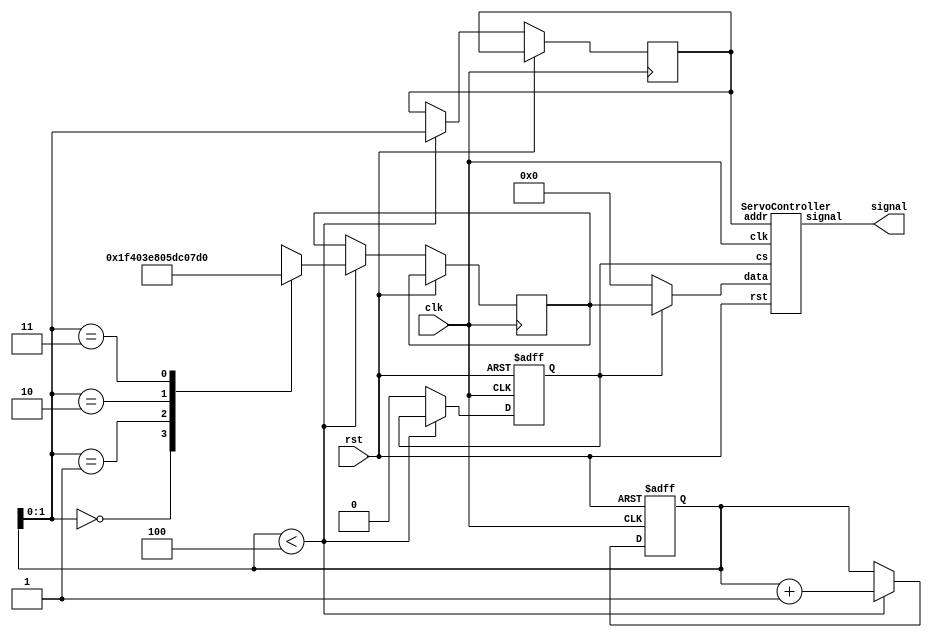
`timescale 1ns / 1ps
`default_nettype none
//////////////////////////////////////////////////////////////////////////////////
// Company:
// Engineer:
//
// Design Name:
// Module Name: ServoTop
// Project Name:
// Target Devices:
// Tool Versions:
// Description:
//
// Dependencies:
//
// Revision:
// Revision 0.01 - File Created
// Additional Comments:
//
//////////////////////////////////////////////////////////////////////////////////

module ServoTop(
	input wire clk,
	input wire rst,
	output wire [3:0] signal
);

wire [31:0] data;

reg cs;
reg [1:0] addr;
reg [15:0] data_reg;

assign data = (cs) ? data_reg : 0;

ServoController servo(
    .clk(clk),
    .rst(rst),
    .cs(cs), // chip select
    .addr(addr[1:0]),
    .data(data[15:0]),
    .signal(signal)
);

reg [2:0] init;

always @(posedge clk or posedge rst) begin
	if (rst)
	begin
		init = 0;
		cs = 1;
	end
	else if(init < 3'b100)
	begin
		addr = init;
		case(addr)
			3'b000: begin
				data_reg = 32'd500;
			end
			3'b001: begin
				data_reg = 32'd1000;
			end
			3'b010: begin
				data_reg = 32'd1500;
			end
			3'b011: begin
				data_reg = 32'd2000;
			end
		endcase
		init = init + 1;
	end
	else begin
		cs = 0;
	end
end

endmodule


module ServoModule(
	input wire clk,
	input wire rst,
	input wire load,
	input wire [15:0] data,
	output reg signal
);
// ==================================
//// Internal Parameter Field
// ==================================
parameter MAX_COUNT    = 20000*100;
//// Bits required to reach 2,000,000
parameter COUNT_WIDTH  = 32;
// ==================================
//// Registers
// ==================================
reg  [COUNT_WIDTH-1:0] counter;
reg  [COUNT_WIDTH-1:0] compare_value;
reg  [COUNT_WIDTH-1:0] tmp_compare_value;
// ==================================
//// Wires
// ==================================
// wire [PWM_SIGNAL_COUNT-1:0] select;
// ==================================
//// Wire Assignments
// ==================================
// assign select[0]  = (2'b00) ? 1 : 0;
// ==================================
//// Modules
// ==================================
// ==================================
//// Behavioral Block
// ==================================
always @(posedge clk or
		 posedge rst) begin
    if (rst) begin
        counter = 0;
        compare_value = 0;
        tmp_compare_value = 0;
    end
    else if(load) begin
        tmp_compare_value = data;
    end
    else begin
        if(counter > MAX_COUNT) begin
        	compare_value = tmp_compare_value;
	        counter = 0;
        	signal = 1;
        end
        if(counter >= compare_value*100) begin
        	signal = 0;
        end
	    counter = counter + 1;
    end
end

endmodule


module ServoController #(
    parameter SIGNAL_BIT_WIDTH  = 16,
    parameter ADDRESS_BIT_WIDTH = 2,
    parameter PWM_SIGNAL_COUNT  = 4
)
(
    input wire clk,
    input wire rst,
    input wire cs, // chip select
    input wire  [ADDRESS_BIT_WIDTH-1:0] addr,
    input wire  [SIGNAL_BIT_WIDTH-1:0]  data,
    output wire [PWM_SIGNAL_COUNT-1:0]  signal
);
// ==================================
//// Registers
// ==================================
// ==================================
//// Wires
// ==================================
wire [PWM_SIGNAL_COUNT-1:0] load_select;
// ==================================
//// Wire Assignments
// ==================================
assign load_select[0]  = (addr == 2'b00 && cs) ? 1 : 0;
assign load_select[1]  = (addr == 2'b01 && cs) ? 1 : 0;
assign load_select[2]  = (addr == 2'b10 && cs) ? 1 : 0;
assign load_select[3]  = (addr == 2'b11 && cs) ? 1 : 0;
// ==================================
//// Modules
// ==================================
ServoModule U0(
    .clk(clk),
    .rst(rst),
    .load(load_select[0]),
    .data(data),
    .signal(signal[0])
);
ServoModule U1(
    .clk(clk),
    .rst(rst),
    .load(load_select[1]),
    .data(data),
    .signal(signal[1])
);
ServoModule U2(
    .clk(clk),
    .rst(rst),
    .load(load_select[2]),
    .data(data),
    .signal(signal[2])
);
ServoModule U3(
    .clk(clk),
    .rst(rst),
    .load(load_select[3]),
    .data(data),
    .signal(signal[3])
);
// ==================================
//// Behavioral Block
// ==================================
endmodule